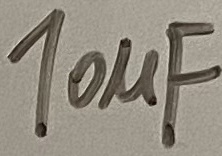
Text: 10µF